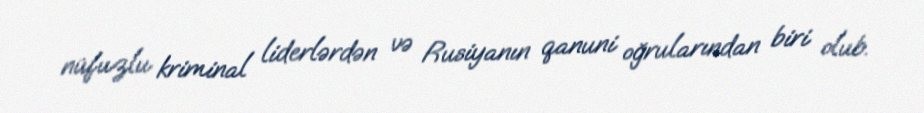
nüfuzlu kriminal liderlərdən və Rusiyanın qanuni oğrularından biri olub.